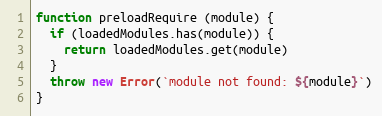
Language: JavaScript
function preloadRequire (module) {
  if (loadedModules.has(module)) {
    return loadedModules.get(module)
  }
  throw new Error(`module not found: ${module}`)
}